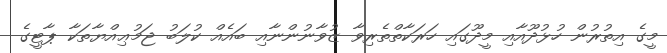
މީގެ އިތުރުން ހުޅުދޫއާއި މީދޫގައި ހަރަކާތްތެރިވާ ޒުވާނުންނާއި ބައެއް ކުލަބު ޖަމުޢިއްޔާތަކާ ޕާޓީގެ